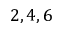
2 , 4 , 6